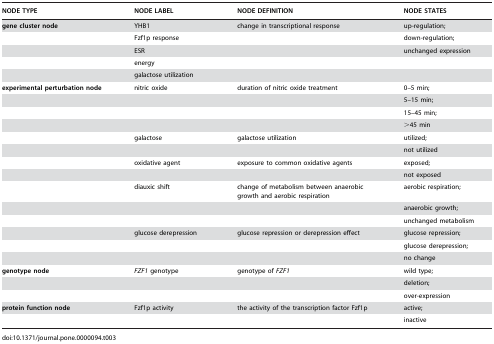
<table><thead><tr><td><b>NODE TYPE</b></td><td><b>NODE LABEL</b></td><td><b>NODE DEFINITION</b></td><td><b>NODE STATES</b></td></tr></thead><tbody><tr><td><b>gene cluster node</b></td><td>YHB1</td><td>change in transcriptional response</td><td>up-regulation;</td></tr><tr><td></td><td>Fzf1p response</td><td></td><td>down-regulation;</td></tr><tr><td></td><td>ESR</td><td></td><td>unchanged expression</td></tr><tr><td></td><td>energy</td><td></td><td></td></tr><tr><td></td><td>galactose utilization</td><td></td><td></td></tr><tr><td><b>experimental perturbation node</b></td><td>nitric oxide</td><td>duration of nitric oxide treatment</td><td>0–5 min;</td></tr><tr><td></td><td></td><td></td><td>5–15 min;</td></tr><tr><td></td><td></td><td></td><td>15–45 min;</td></tr><tr><td></td><td></td><td></td><td>&gt;45 min</td></tr><tr><td></td><td>galactose</td><td>galactose utilization</td><td>utilized;</td></tr><tr><td></td><td></td><td></td><td>not utilized</td></tr><tr><td></td><td>oxidative agent</td><td>exposure to common oxidative agents</td><td>exposed;</td></tr><tr><td></td><td></td><td></td><td>not exposed</td></tr><tr><td></td><td>diauxic shift</td><td>change of metabolism between anaerobic growth and aerobic respiration</td><td>aerobic respiration;</td></tr><tr><td></td><td></td><td></td><td>anaerobic growth;</td></tr><tr><td></td><td></td><td></td><td>unchanged metabolism</td></tr><tr><td></td><td>glucose derepression</td><td>glucose repression or derepression effect</td><td>glucose repression;</td></tr><tr><td></td><td></td><td></td><td>glucose derepression;</td></tr><tr><td></td><td></td><td></td><td>no change</td></tr><tr><td><b>genotype node</b></td><td><i>FZF1</i> genotype</td><td>genotype of <i>FZF1</i></td><td>wild type;</td></tr><tr><td></td><td></td><td></td><td>deletion;</td></tr><tr><td></td><td></td><td></td><td>over-expression</td></tr><tr><td><b>protein function node</b></td><td>Fzf1p activity</td><td>the activity of the transcription factor Fzf1p</td><td>active;</td></tr><tr><td></td><td></td><td></td><td>inactive</td></tr></tbody></table>